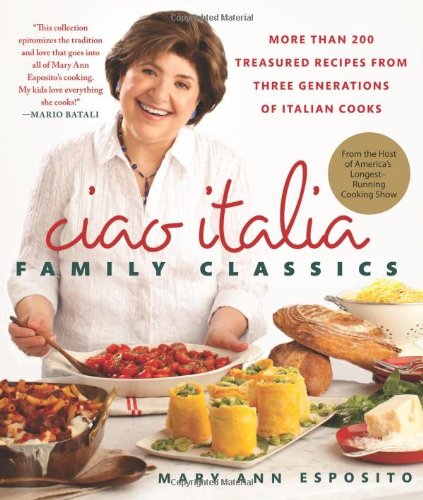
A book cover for Ciao Italia Family Classics: More than 200 Treasured Recipes from Three Generations of Italian Cooks; Mary Ann Esposito; Cookbooks, Food & Wine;